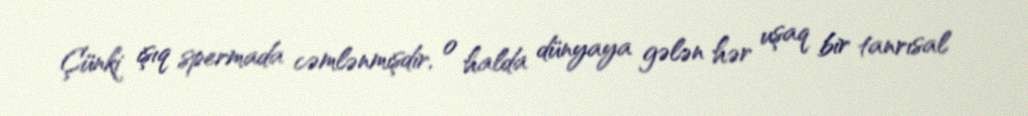
Çünki işıq spermada cəmlənmişdir, o halda dünyaya gələn hər uşaq bir tanrısal